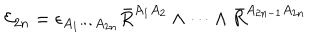
{ \cal E } _ { 2 n } = \epsilon _ { A _ { 1 } \cdots A _ { 2 n } } \bar { R } ^ { A _ { 1 } A _ { 2 } } \wedge \cdots \wedge \bar { R } ^ { A _ { 2 n - 1 } A _ { 2 n } }